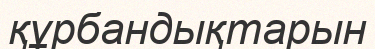
құрбандықтарын